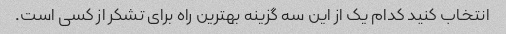
انتخاب کنید کدام یک از این سه گزینه بهترین راه برای تشکر از کسی است.